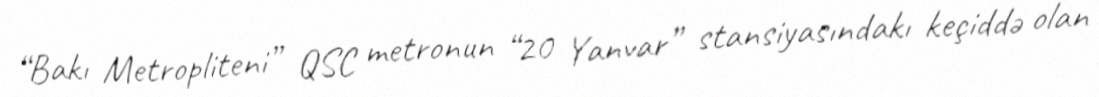
“Bakı Metropliteni” QSC metronun “20 Yanvar” stansiyasındakı keçiddə olan